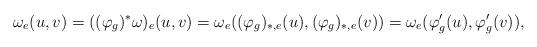
LaTeX: \begin{align*}\omega_e(u,v)=((\varphi_g)^\ast\omega)_e(u,v)=\omega_e((\varphi_g)_{\ast,e}(u),(\varphi_g)_{\ast,e}(v))=\omega_e(\varphi'_g(u),\varphi'_g(v)),\end{align*}